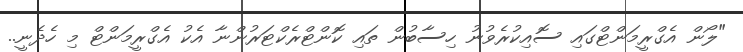
"ލޯން އެގްރީމަންޓްގައި ސޮއިކުރެވުނު ހިސާބުން ތައި ކޮންޓްރެކްޓަރުންނާ އެކު އެގްރީމަންޓް މި ހެދެނީ..